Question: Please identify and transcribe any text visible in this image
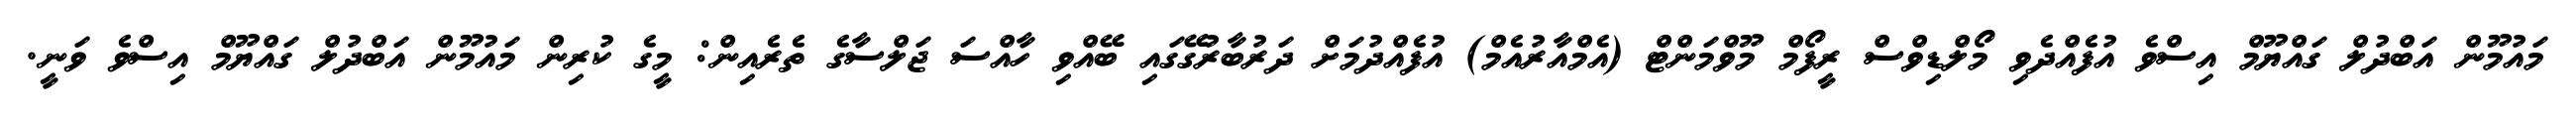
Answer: މައުމޫން އަބްދުލް ގައްޔޫމް އިސްވެ އުފެއްދެވި މޯލްޑިވްސް ރީފޯމް މޫވްމަންޓް (އެމްއާރުއެމް) އުފެއްދުމަށް ދަރުބާރުގޭގައި ބޭއްވި ހާއްސަ ޖަލްސާގެ ތެރެއިން: މީގެ ކުރިން މައުމޫން އަބްދުލް ގައްޔޫމް އިސްވެ ވަނީ.